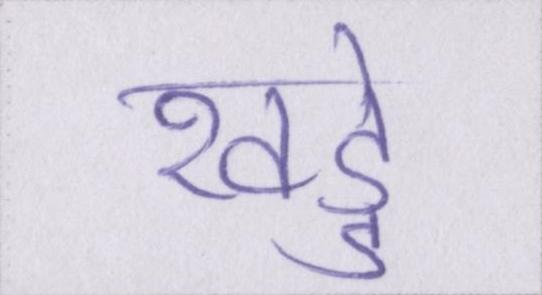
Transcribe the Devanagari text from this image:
खड्डे